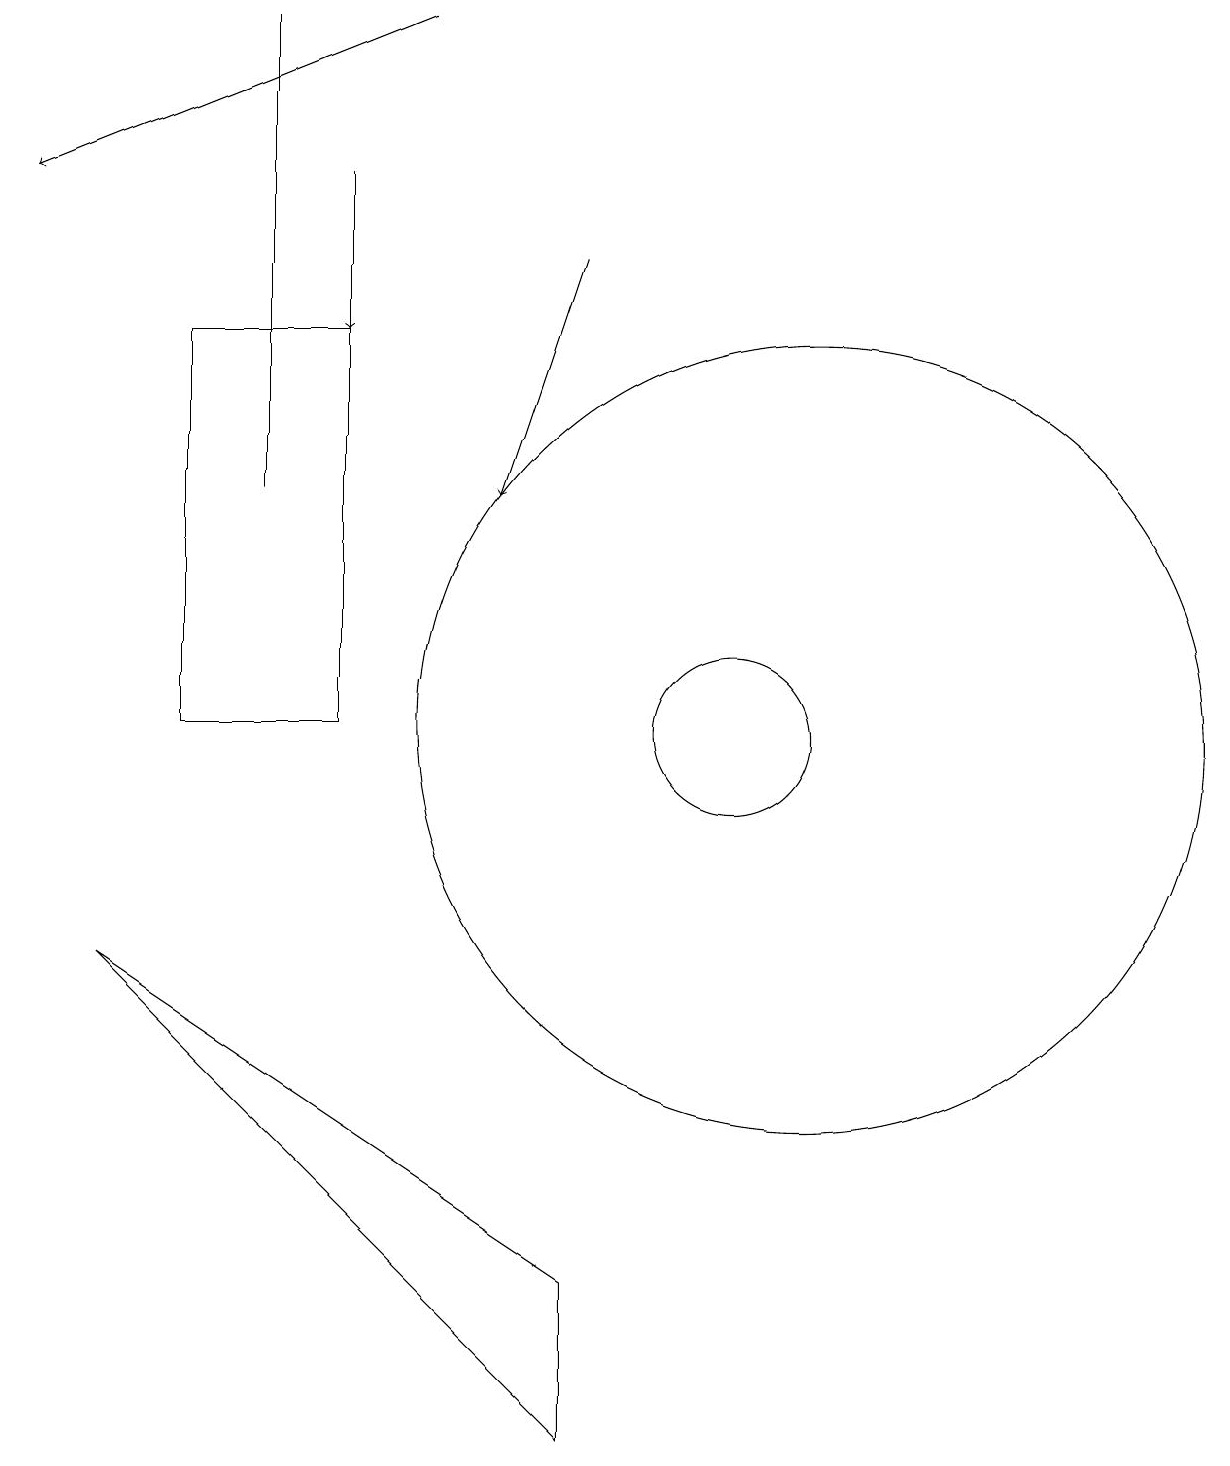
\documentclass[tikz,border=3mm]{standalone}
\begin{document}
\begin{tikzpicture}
\draw (4,19) rectangle (4,13);
\draw (11,10) circle (5);
\draw[->] (6,19) -- (1,17);
\draw (2,7) -- (8,3) -- (8,1) -- cycle;
\draw[->] (8,16) -- (7,13);
\draw (3,15) rectangle (5,10);
\draw (10,10) circle (1);
\draw[->] (5,17) -- (5,15);
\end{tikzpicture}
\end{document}